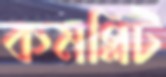
কমপ্লিট